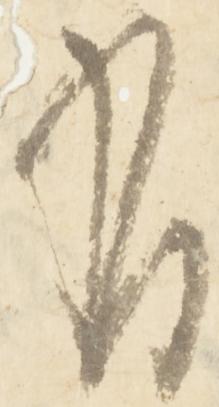
有